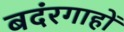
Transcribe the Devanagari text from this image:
बदंरगाहों